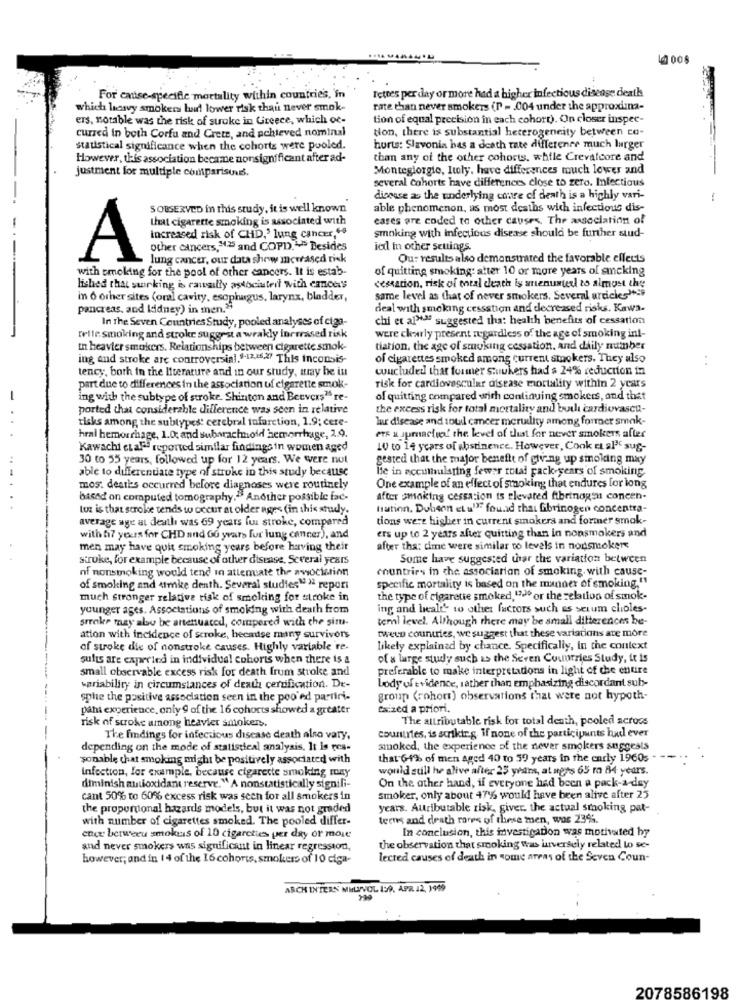
For caise-specifile mortality within countries, in
Tettes per day or more had a higher infectious disease death
which heavy smokers bad lower risk than never smok-
rate than never smokers (P = 004 under the approxima-
ers, notable was the risk of stroke in Greece, which oc-
tion of equal precision in each cohort). On closer inspec-
curred in both Corfu and Crete, and achieved nominal
tion, there is substantial heterogeneity between co-
statistical significance when the cohorts were pooled.
horts: Slavonia bas a death rate difference much larger
However, this association became nonsignificant after ad-
than any of the other cohorts. while Crevalcore and
justment for multiple comparisons.
Montegiorgio, Italy, have differences much lower and
several Cohorts have differences close to zero. Infectious
disease as the underlying coure of death is a highly vari-
a
S OBSERVED in this study, it is well known
able phenomenon, as most deaths wich infectious dis-
that cigarette smoking is associated with
cases are coded to other causes. The association of
-- -
smoking with infectious disease should be further stud-
increased risk of CHD,' lung cancer."ª
other cancers, ".25 and COPD .-- >> Besides
ied in other seuings
-
A
lung cancer, our data show meerased risk
Our results also demonstrated the favorable effects
with smoking for the pool of other cancers. It is estab-
of quitting smoking: atter 10 or more years of smcking
lished that swirking is rawsilly associateil with cancers
cessation, risk of total death is anenunterl to almost the
in O other sites (oral cavity, esophagus, larynx, bladder,
same level as that of never smokers. Several articles"
pancreas, and kidney) in men."
deal with smoking cessation and decreased risks. Kawa.
In the Seven Countries Study, pooled analyses of ciga-
chi et al"" suggested tha: health benefits of cessation
Felle smoking and stroke suggest a weakly inrrrased risk
were charly present regardless of the age of smoking in !-
in heavier smokers. Relationships between cigarette smok-
tiation, the age of smoking cessation, and daily number
ing and stroke arc controversial,9-12,16.27 This Inconsis-
of cigarettes smoked among current smokers. They also
. .
tency, both in the literature and in our study, aray be in
wucluded that former Smukers had $ 24% reduction in
part due to differences in the association uf cigarette smoke
risk for cardiovascular disease mortality within 2 years
-
ing with the subtype of stroke. Shinton and Beevers" re-
of quitting compared with continuing smokers, and that
ported that considerable difference was seen in relative
the excess risk for total mortality and bol cardiovascu-
risks among the subtypes: cerebral infarction, 1.9; cere-
lur disease and toul cancer meruility among former smak-
hral hemorrhage, 1.0; and subarachnoid hemorrhage, 2.9.
ets a upractuof the level of that for never smokers after
Kawachi et al. reported similar findingein women aged
10 to 14 years of abstinence. However, Cook EL al" sug-
30 to 55 years, followed up for 12 years. We were nut
gested that the major benefit of giving up sinolding may
able to differentiate type of stroke in this study because
He in accumulating fewer total pack-years of smoking
mos: deaths occurred before diagnoses were routinely
One example of an effect of smoking that endures for long
based on computed tomography." Another possible fac-
After smoking cessation is elevated fibrinogen concen-
tot is that stroke tends to occur at older age< (in this study.
lation. Dubeon ctu" found that Gbrinogen concentra-
average age at death was 69 years fui stroke, compared
tions were higher in current smokers and former smok-
with hi7 years for CHD and OG years fur lung cancer), and
ers up to 2 years after quitting than in nonsmokers and
men may have quit smoking years before having their
after tha: dime were similar to levels in nonsmoker
stroke, for example because of other disease, Several years
Some have suggested thar the variation between
nf nonsmoking would tend in attemate the awociation
countries in the association of smoking. with cause-
of smoking and atmke denth. Several studies"" repori
specific mortality is based on the manner of smoking,"
much stronger relative risk of smoking for stroke in
the type of cigarette smoked,"3"0 or the relation of smok-
younger ages. Associations of smoking with death from
ing and healt' to other factors such as serum chioles-
stroke may also be artenuated, compered with the simu-
teml level. Although there may be small differences he-
twee countries, we suggest that these variations are more
ation with incidence of scroke, because many survivors
of stroke die of nonstroke causes. Highly variable re-
Likely explained by chance. Specifically, in the context
sults are expected in individual cohorts when there is a
of a large study such as the Seven Countries Study, it is
small observable excess risk for death frum stroke and
preferable to make interpretations in light of the entire
body of evidence, rather than emphasizing discordant sub-
variability in circumstances of death certification. De-
sphe the positive association seen in the poo' ed partiri-
group (rohors) observations that were not hypoth-
paha experience, only 9 of the 16 cohorts showed a greater
Caized a priori.
The attributable risk for total death, pooled across
risk of stroke among heavier smoken.
The findings for infectious disease death also vary,
countries, is striking. If none of the participants had ever
depending on the mode of statistical analysis, It is res-
smoked, the experience of the never smokers suggests
sonable that smoking might be positively associated with
that 64% of men aged 40 to 59 years in the carly 1960s
infection, for example, because cigarette smoking may
would sull he alive after 25 years, at ngts 65 ro 84 years.
diminish antioxidant reserve." A nonstatistically signili-
On the other hand, if everyone had been a pack-a-day
cant 50% to 60% excess risk was seen for all smokers in
smoker, only about 47% would have been alive after 25
the proportional hazards models, but it was not graded
years. Autributable zisk, giver. the actual smoking pat-
with number of cigarettes smoked. The pooled differ-
teens and death rares of these men, was 23%.
In conclusion, this investigation was motivated hy
ence between smokes of 10 cigarcties per day or more
and never smokers was significant in linear regression,
the observation that smoking was inversely related to se-
however; and in 14 of the 16 cohorts, smokers of 10 ciga-
lected causes of death in some areas of the Seven Coun-
ARCH INTERN MILIVOL 199. APR 12, 1949
2078586198